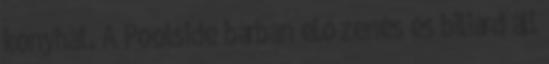
konyhát. A Poolside bárban élő zenés és biliárd áll